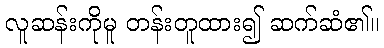
လူဆန်းကိုမူ တန်းတူထား၍ ဆက်ဆံ၏။